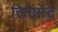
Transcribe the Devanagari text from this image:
लिगमेंट